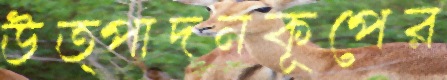
উত্পাদনকূপের